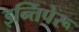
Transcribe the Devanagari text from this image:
इन्तिपेरू